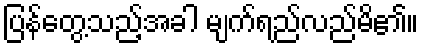
ပြန်တွေ့သည့်အခါ မျက်ရည်လည်မိ၏။